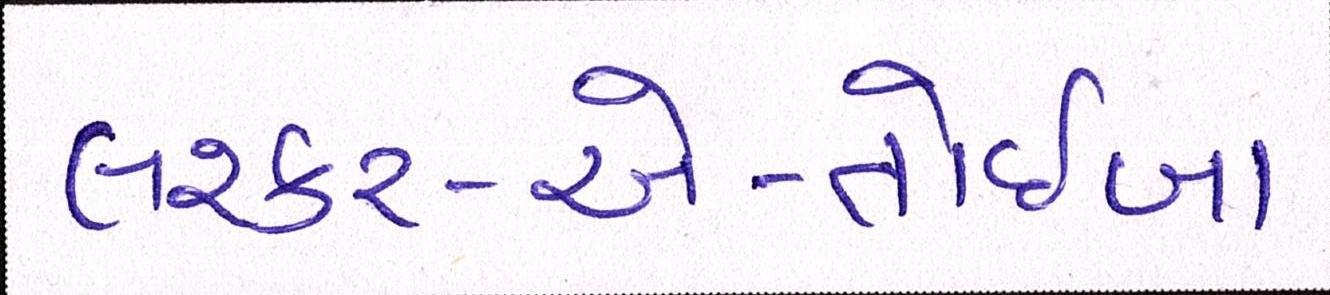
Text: લશ્કર-એ-તોઈબા